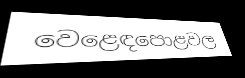
වෙළෙඳපොළවල